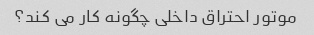
موتور احتراق داخلی چگونه کار می کند؟